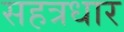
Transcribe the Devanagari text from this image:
सहत्रधार